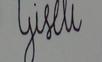
Signature authenticity: forged